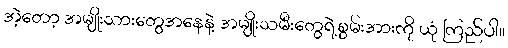
အဲ့တော့ အမျိုးသားတွေအနေနဲ့ အမျိုးသမီးတွေရဲ့စွမ်းအားကို ယုံ ကြည်ပါ။